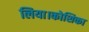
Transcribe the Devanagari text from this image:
लिया।कोशिका